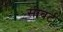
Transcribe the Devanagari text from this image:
सीबर्ट